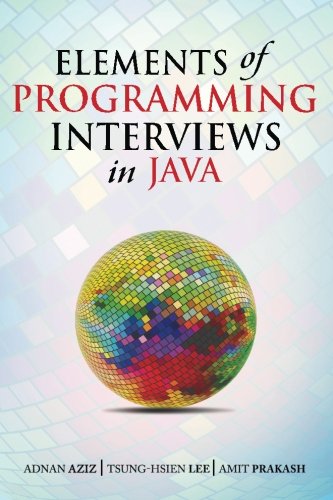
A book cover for Elements of Programming Interviews in Java: The Insiders' Guide; Adnan Aziz; Computers & Technology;